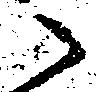
之